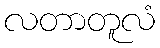
လတာတူလံ